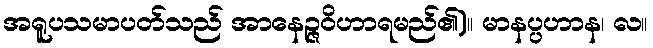
အရူပသမာပတ်သည် အာနေဉ္ဇဝိဟာရမည်၏)။ မာနပ္ပဟာန၊ လ။